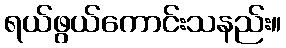
ရယ်ဖွယ်ကောင်းသနည်း။